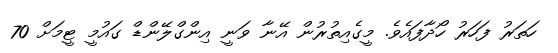
ހަތަރު ފަހަރު ހޯދާފައެވެ. މީގެއިތުރުން އޭނާ ވަނީ އިންގްލޭންޑް ގައުމީ ޓީމަށް 70